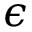
\epsilon